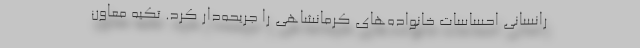
رانسانی احساسات خانواده‌های کرمانشاهی را جریحه‌دار کرد. تکیه معاون